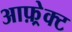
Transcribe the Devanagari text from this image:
आफ़्रेक्ट